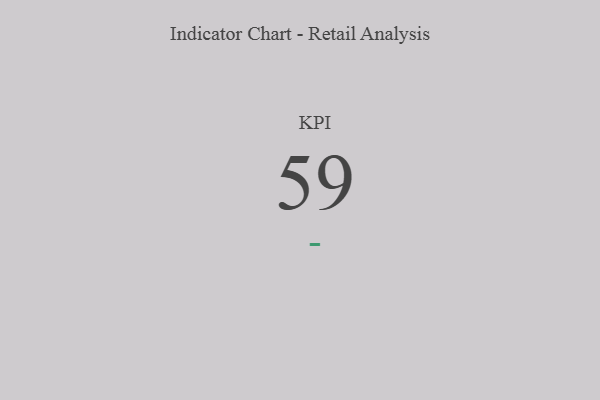
{"axis": {"x": "KPI", "y": "Value"}, "legend": [""], "data": [{"x": "KPI", "y": 59, "type": ""}]}